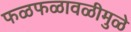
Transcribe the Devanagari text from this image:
फळफळावळीमुळे